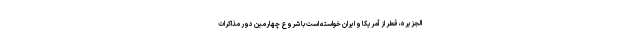
الجزیره، قطر از آمریکا و ایران خواسته است با شروع چهارمین دور مذاکرات